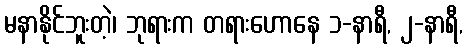
မနာနိုင်ဘူးတဲ့၊ ဘုရားက တရားဟောနေ ၁-နာရီ, ၂-နာရီ,